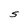
Character: S